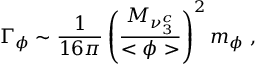
\Gamma _ { \phi } \sim \frac { 1 } { 1 6 \pi } \left( \frac { M _ { \nu _ { 3 } ^ { c } } } { < \phi > } \right) ^ { 2 } m _ { \phi } \; ,